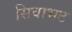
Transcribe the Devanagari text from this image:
सिवाभट